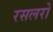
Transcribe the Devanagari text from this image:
रसलरों